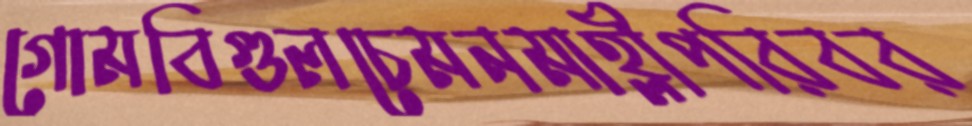
গোমবিগুলচেমনমাহ্লীপরিবর